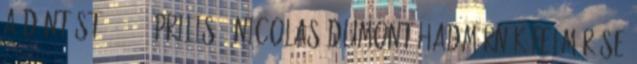
a döntést. 1702. április – Nicolas Dumont hadmérnök felmérése